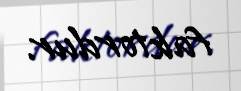
faktordur.